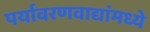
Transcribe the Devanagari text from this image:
पर्यावरणवाद्यांमध्ये